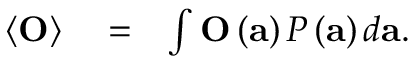
\begin{array} { r l r } { \left\langle \mathbf { O } \right\rangle } & { { } = } & { \int \mathbf { O } \left( \mathbf { a } \right) P \left( \mathbf { a } \right) d \mathbf { a } . } \end{array}